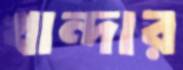
খান্দার